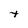
Character: t